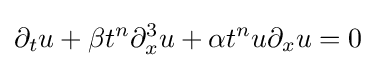
\displaystyle \partial _{t}u+\beta t^{n}\partial _{x}^{3}u+\alpha t^{n}u\partial _{x}u=0